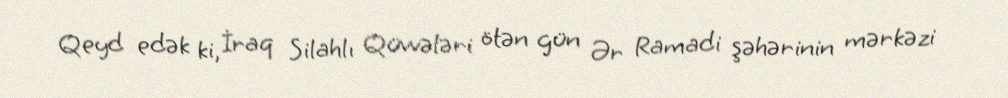
Qeyd edək ki, İraq Silahlı Qüvvələri ötən gün Ər Ramadi şəhərinin mərkəzi